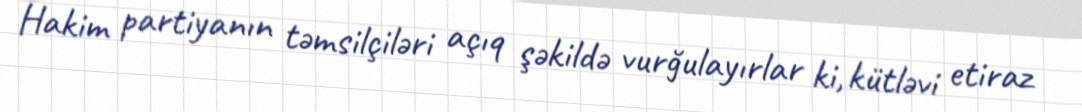
Hakim partiyanın təmsilçiləri açıq şəkildə vurğulayırlar ki, kütləvi etiraz